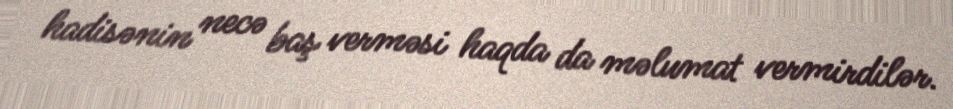
hadisənin necə baş verməsi haqda da məlumat vermirdilər.